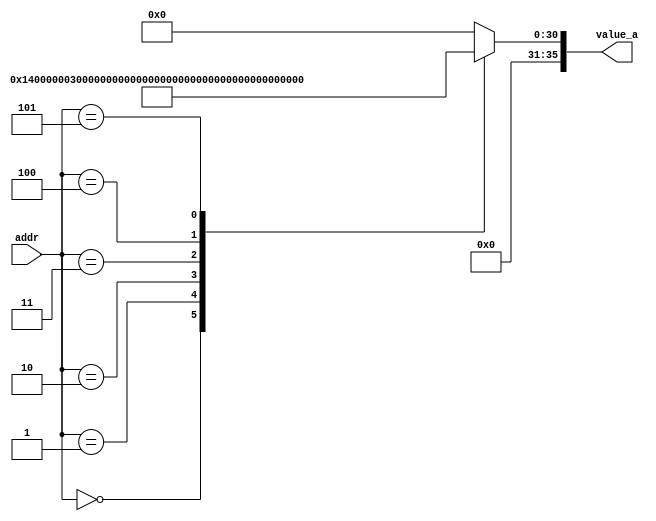
// A(7,28)
module rom_a #(
  parameter  Addr = 6,
  parameter Width = 36
) (
  input       [Addr-1:0] addr,
  output reg [Width-1:0] value_a
);
  
  always@(addr) begin
    case(addr)
      0 : value_a = 36'b000000101000000000000000000000000000; //  2.500
      1 : value_a = 36'b000000110000000000000000000000000000; //  3.000
      2 : value_a = 36'b000000111000000000000000000000000000; //  3.500
      3 : value_a = 36'b000001000000000000000000000000000000; //  4.000
      4 : value_a = 36'b000001001000000000000000000000000000; //  4.500
      5 : value_a = 36'b000001010000000000000000000000000000; //  5.000
      default : value_a = 36'b000000000000000000000000000000000000;         
    endcase
  end    
  
endmodule